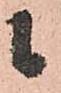
候